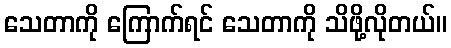
သေတာကို ကြောက်ရင် သေတာကို သိဖို့လိုတယ်။